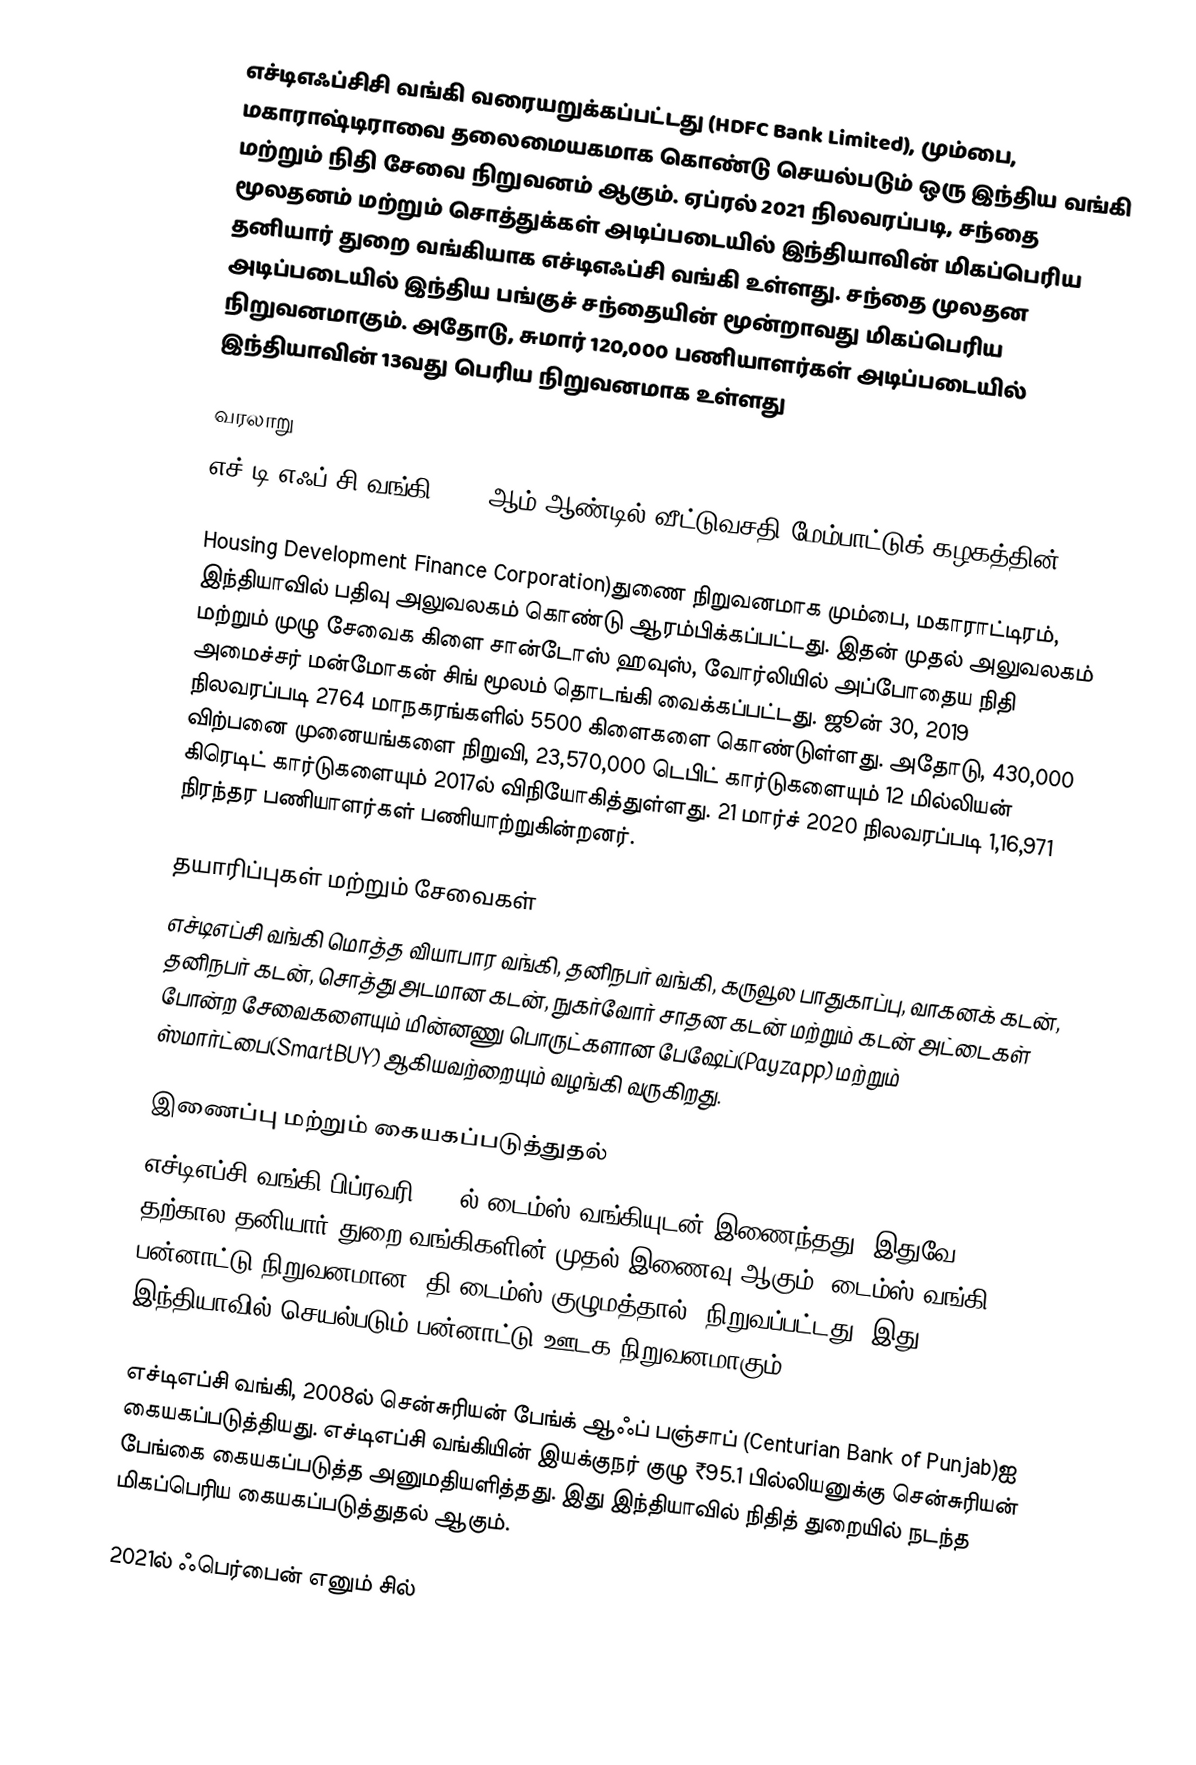
எச்டிஎஃப்சிசி வங்கி வரையறுக்கப்பட்டது (HDFC Bank Limited), மும்பை, மகாராஷ்டிராவை தலைமையகமாக கொண்டு செயல்படும் ஒரு இந்திய வங்கி மற்றும் நிதி சேவை நிறுவனம் ஆகும். ஏப்ரல் 2021 நிலவரப்படி, சந்தை மூலதனம் மற்றும் சொத்துக்கள் அடிப்படையில் இந்தியாவின் மிகப்பெரிய தனியார் துறை வங்கியாக எச்டிஎஃப்சி வங்கி உள்ளது.  சந்தை முலதன அடிப்படையில் இந்திய பங்குச் சந்தையின் மூன்றாவது மிகப்பெரிய நிறுவனமாகும். அதோடு, சுமார் 120,000 பணியாளர்கள் அடிப்படையில் இந்தியாவின் 13வது பெரிய நிறுவனமாக உள்ளது

வரலாறு
எச்.டி.எஃப்.சி வங்கி 1994 ஆம் ஆண்டில் வீட்டுவசதி மேம்பாட்டுக் கழகத்தின்(

Housing Development Finance Corporation)துணை நிறுவனமாக  மும்பை, மகாராட்டிரம், இந்தியாவில் பதிவு அலுவலகம் கொண்டு ஆரம்பிக்கப்பட்டது. இதன் முதல் அலுவலகம் மற்றும் முழு சேவைக கிளை சான்டோஸ் ஹவுஸ், வோர்லியில் அப்போதைய நிதி அமைச்சர் மன்மோகன் சிங் மூலம் தொடங்கி வைக்கப்பட்டது. ஜூன் 30, 2019 நிலவரப்படி 2764 மாநகரங்களில் 5500 கிளைகளை கொண்டுள்ளது. அதோடு, 430,000 விற்பனை முனையங்களை நிறுவி, 23,570,000 டெபிட் கார்டுகளையும் 12 மில்லியன் கிரெடிட் கார்டுகளையும் 2017ல் விநியோகித்துள்ளது. 21 மார்ச் 2020 நிலவரப்படி 1,16,971 நிரந்தர பணியாளர்கள் பணியாற்றுகின்றனர்.

தயாரிப்புகள் மற்றும் சேவைகள்
எச்டிஎப்சி வங்கி மொத்த வியாபார வங்கி, தனிநபர் வங்கி, கருவூல பாதுகாப்பு, வாகனக் கடன், தனிநபர் கடன், சொத்து அடமான கடன், நுகர்வோர் சாதன கடன் மற்றும் கடன் அட்டைகள் போன்ற சேவைகளையும் மின்னணு பொருட்களான பேஷேப்(Payzapp) மற்றும் ஸ்மார்ட்பை(SmartBUY) ஆகியவற்றையும் வழங்கி வருகிறது.

இணைப்பு மற்றும் கையகப்படுத்துதல்
எச்டிஎப்சி வங்கி பிப்ரவரி 2000ல் டைம்ஸ் வங்கியுடன் இணைந்தது. இதுவே தற்கால தனியார் துறை வங்கிகளின் முதல் இணைவு ஆகும். டைம்ஸ் வங்கி, பன்னாட்டு நிறுவனமான 'தி டைம்ஸ் குழுமத்தால்' நிறுவப்பட்டது, இது இந்தியாவில் செயல்படும் பன்னாட்டு ஊடக நிறுவனமாகும்.

எச்டிஎப்சி வங்கி, 2008ல் சென்சுரியன் பேங்க் ஆஃப் பஞ்சாப் (Centurian Bank of Punjab)ஐ கையகப்படுத்தியது. எச்டிஎப்சி வங்கியின் இயக்குநர் குழு ₹95.1 பில்லியனுக்கு சென்சுரியன் பேங்கை கையகப்படுத்த அனுமதியளித்தது. இது இந்தியாவில் நிதித் துறையில் நடந்த மிகப்பெரிய கையகப்படுத்துதல் ஆகும்.

2021ல் ஃபெர்பைன் எனும் சில்